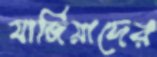
মার্জিয়াদের